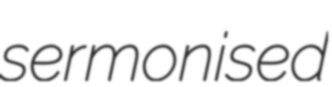
sermonised